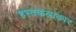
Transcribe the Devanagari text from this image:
हस्तकलाकार